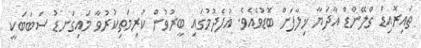
ތައިރޮއިޑް ގްލޭންޑް އާދަޔާ ޚިލާފަށް ބޮޑުވެއެވެ. އުފެދުމުގައި ބީރުވުން ކުރިމަތިކުރުވާ މައިގަނޑު ސަބަބަކީ